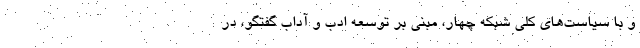
و با سیاست‌های کلی شبکه چهار، مبنی بر توسعهٔ ادب و آداب گفتگو، در